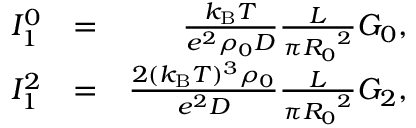
\begin{array} { r l r } { I _ { 1 } ^ { 0 } } & { = } & { \frac { k _ { \mathrm { B } } T } { e ^ { 2 } \rho _ { 0 } D } \frac { L } { \pi { R _ { 0 } } ^ { 2 } } G _ { 0 } , } \\ { I _ { 1 } ^ { 2 } } & { = } & { \frac { 2 ( k _ { \mathrm { B } } T ) ^ { 3 } \rho _ { 0 } } { e ^ { 2 } D } \frac { L } { \pi { R _ { 0 } } ^ { 2 } } G _ { 2 } , } \end{array}